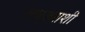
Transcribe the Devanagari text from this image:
लष्कराशी